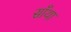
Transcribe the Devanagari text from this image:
साँथा